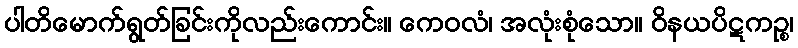
ပါတိမောက်ရွတ်ခြင်းကိုလည်းကောင်း။ ကေဝလံ၊ အလုံးစုံသော။ ဝိနယပိဋကဉ္စ၊